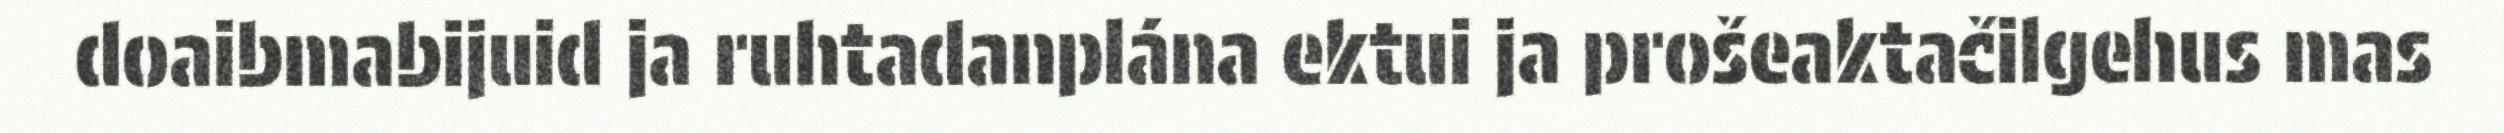
doaibmabijuid ja ruhtadanplána ektui ja prošeaktačilgehus mas